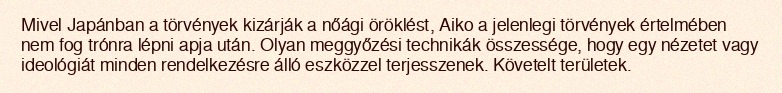
Mivel Japánban a törvények kizárják a nőági öröklést, Aiko a jelenlegi törvények értelmében nem fog trónra lépni apja után. Olyan meggyőzési technikák összessége, hogy egy nézetet vagy ideológiát minden rendelkezésre álló eszközzel terjesszenek. Követelt területek.